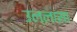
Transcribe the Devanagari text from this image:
उल्लासा